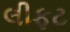
લીફટ